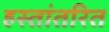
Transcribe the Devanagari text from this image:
हस्‍तांतरित